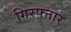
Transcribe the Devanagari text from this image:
गिरफ्त्तार